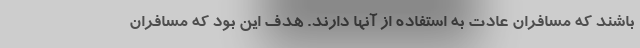
باشند که مسافران عادت به استفاده از آنها دارند. هدف این بود که مسافران